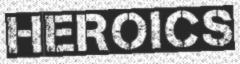
HEROICS